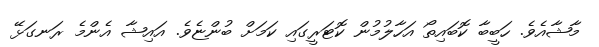
މާޝާއެވެ. ހަބީބާ ކޮބައިތޯ އަހާލުމުން ކޮޓަރީގައި ކަމަށް ބުންޏެވެ. އައިޝާ އެންމެ ރަނގަޅޭ